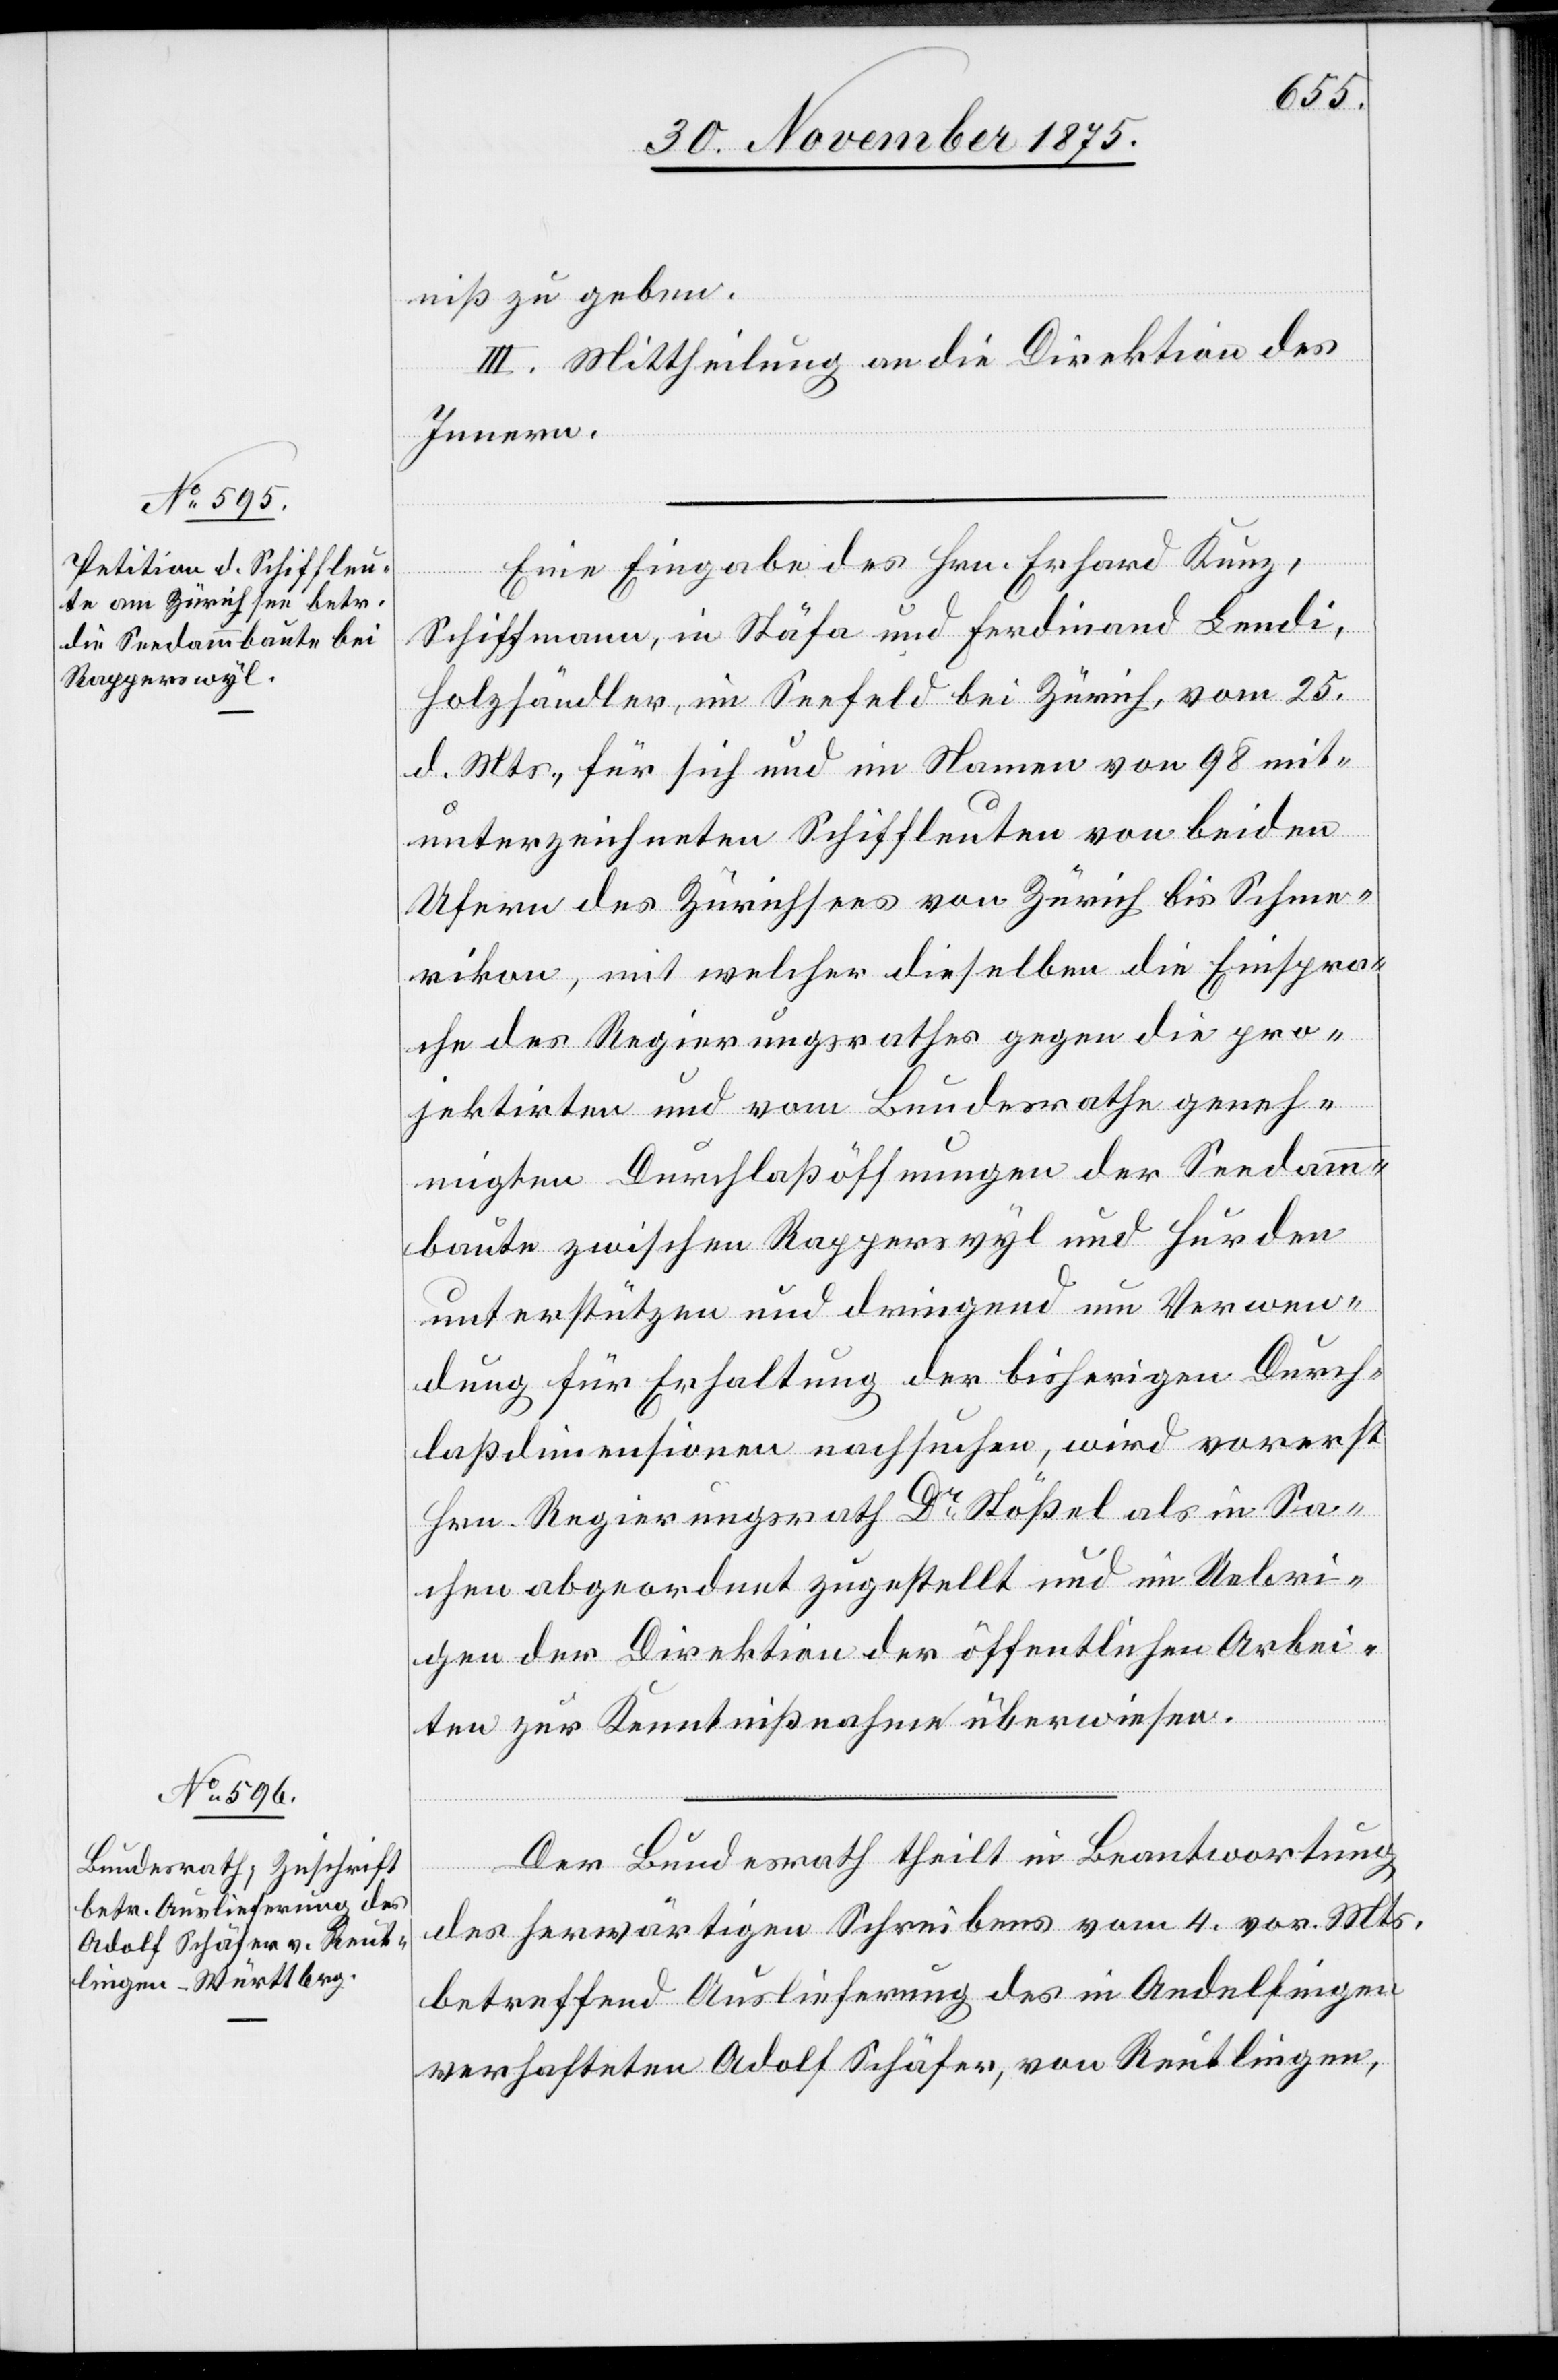
1. December 1875.]
niß zu geben.
III. Mittheilung an die Direktion des
Innern.
Eine Eingabe des Hrn. Erhard Kun¬
z,
Schiffmann, in Stäfa und Ferdinand Lendi,
Holzhändler, im Seefeld bei Zürich, vom 25.
d. Mts., für sich und im Namen von 98 mit¬
unterzeichneten Schiffleuten von beiden
Ufern des Zürichsees von Zürich bis Schme¬
rikon, mit welcher dieselben die Einspra¬
che des Regierungsrathes gegen die pro¬
jektirten und vom Bundesrathe geneh¬
migten Durchlaßöffnungen der Seedamm¬
baute zwischen Rapperswyl und Hurden
unterstützen und dringend um Verwen¬
dung für Erhaltung der bisherigen Durch¬
laßdimensionen nachsuchen, wird vorerst
Hrn. Regierungsrath Dr Stößel als in Sa¬
chen abgeordnet zugestellt und im Uebri¬
gen der Direktion der öffentlichen Arbei¬
ten zur Kenntnißnahme überwiesen.
Der Bundesrath theilt in Beantwortung
des herwärtigen Schreibens vom 4. vor. Mts.
betreffend Auslieferung des in Andelfingen
verhafteten Adolf Schäfer, von Reutlingen,